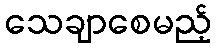
သေချာစေမည့်